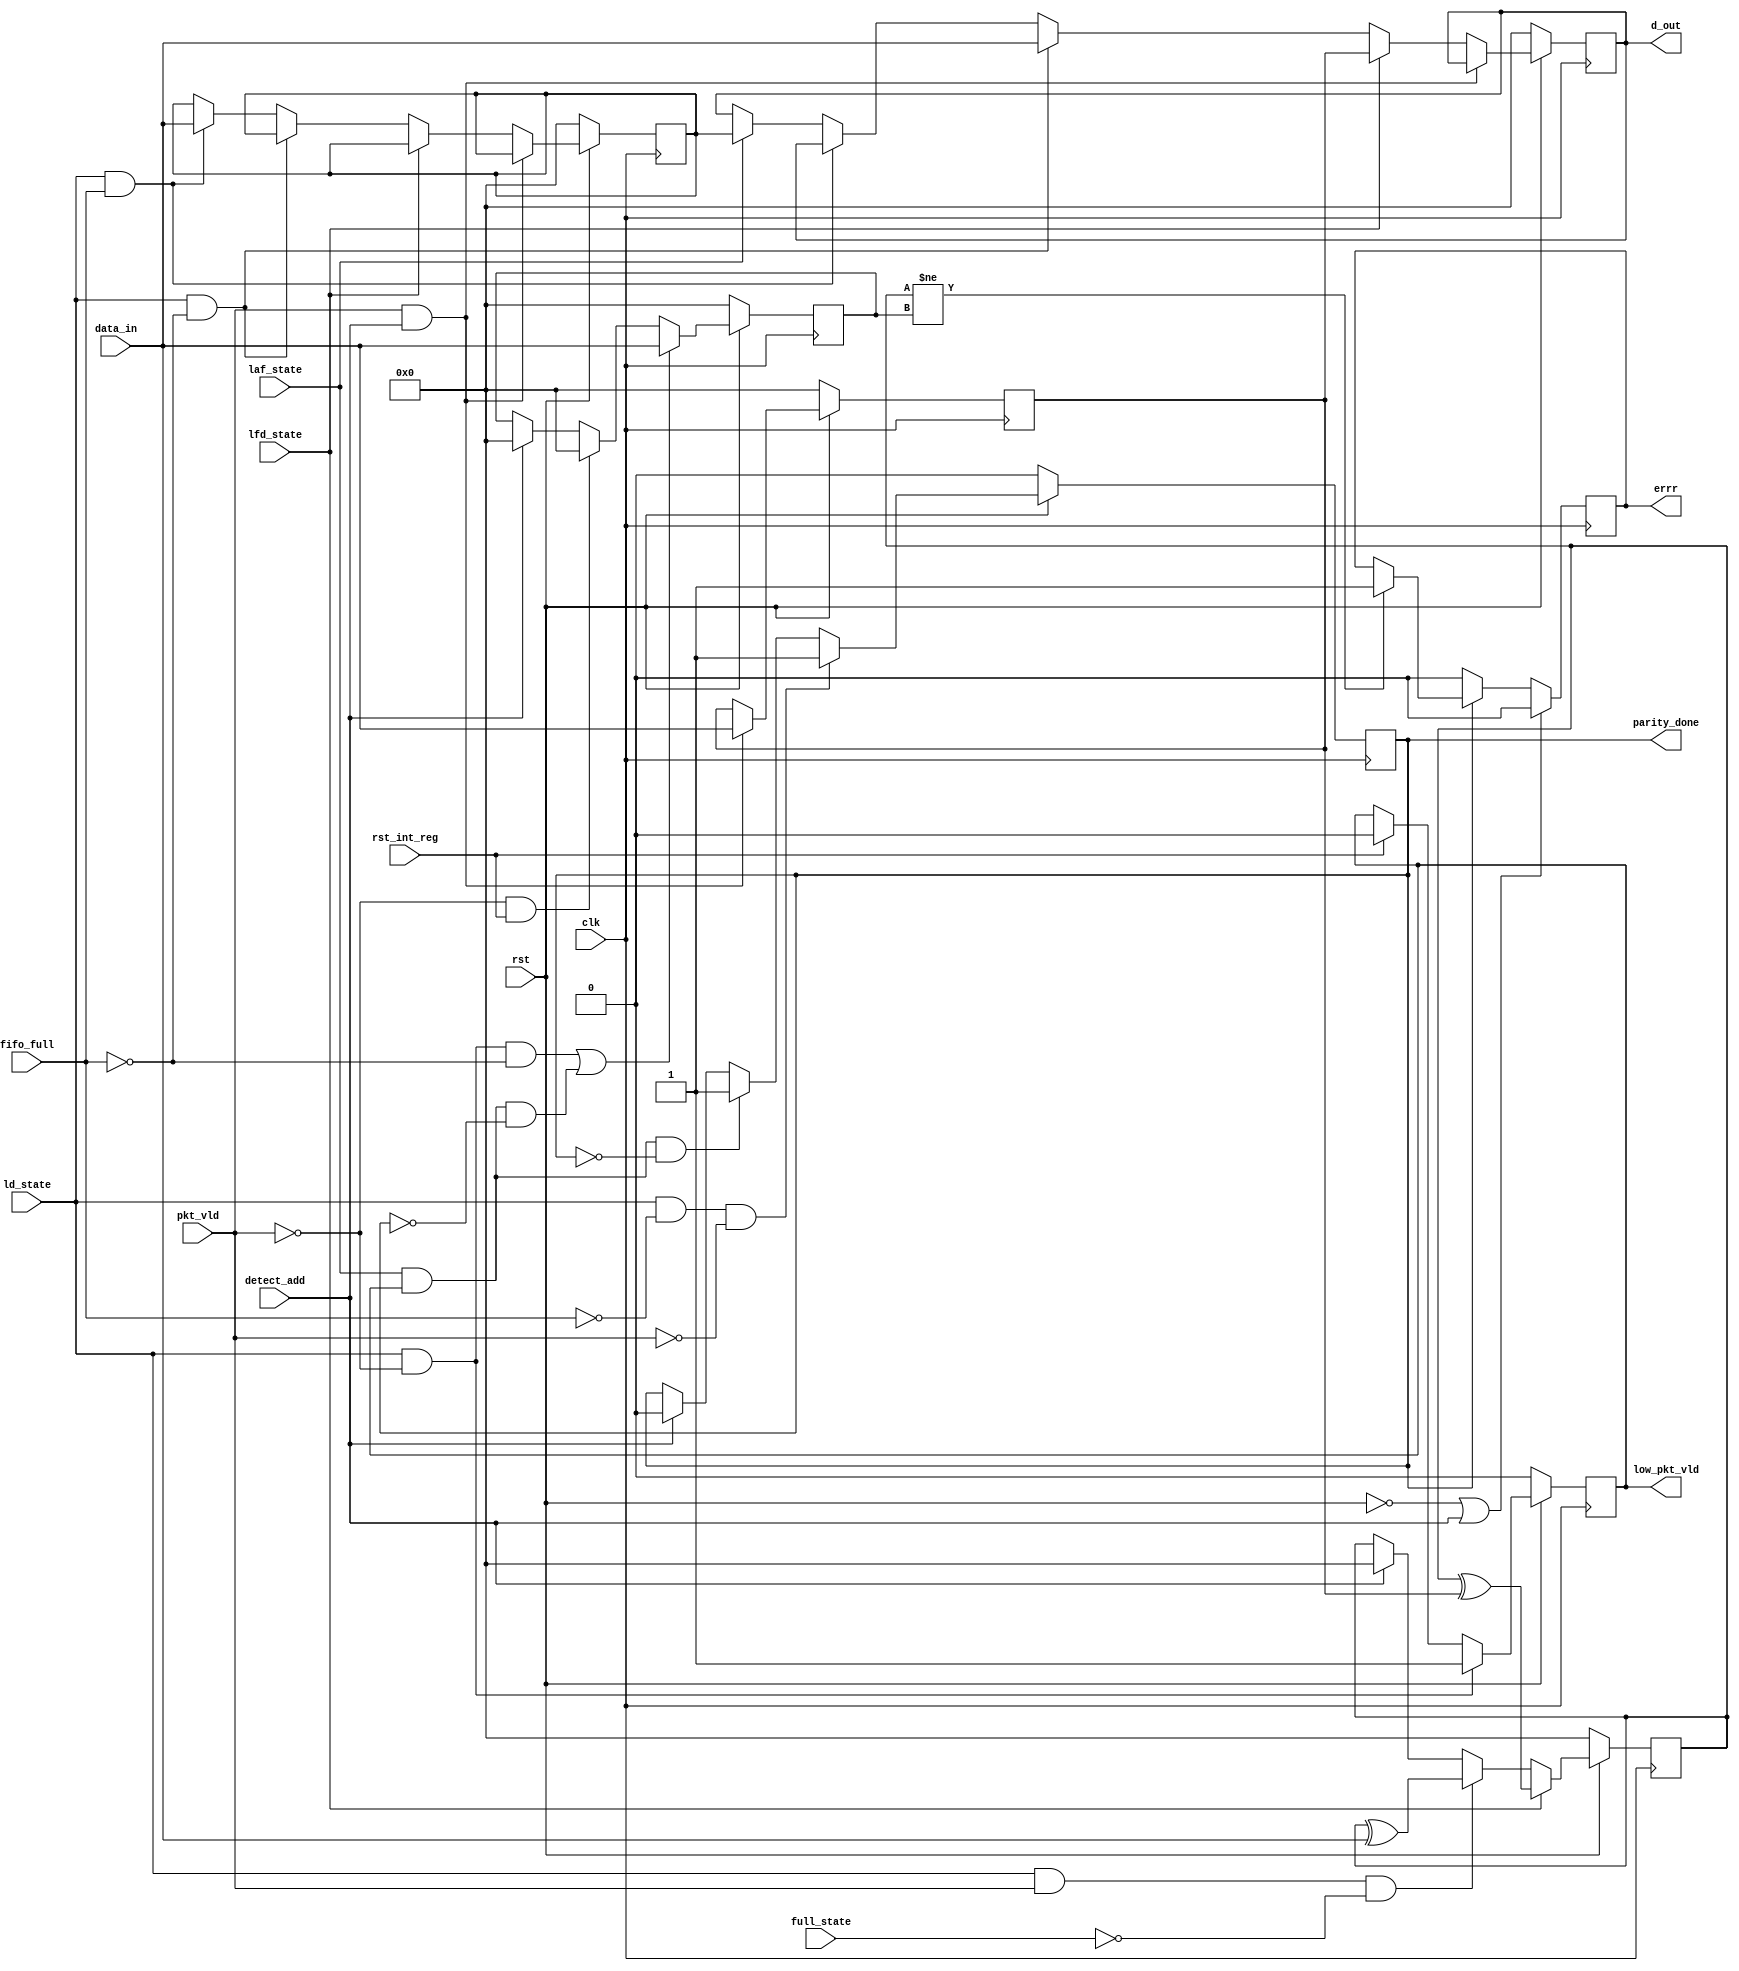
`timescale 1ns / 1ps
//////////////////////////////////////////////////////////////////////////////////
// Company: 
// Engineer: 
// 
// Design Name: 
// Module Name: register_router
// Project Name: 
// Target Devices: 
// Tool Versions: 
// Description: 
// 
// Dependencies: 
// 
// Revision:
// Revision 0.01 - File Created
// Additional Comments:
// 
//////////////////////////////////////////////////////////////////////////////////


module register_router(input clk,rst,pkt_vld, fifo_full,rst_int_reg,detect_add,ld_state,laf_state,lfd_state,
                       full_state,input [7:0] data_in, output reg low_pkt_vld, parity_done, errr, 
                       output reg [7:0] d_out);
    reg [7:0] headder, full_state_data, int_parity, packet_parity;                           
    
    always @ (posedge clk)
    begin
        if(~rst)
        begin
            d_out <= 8'b0;
            headder <= 0;
            full_state_data <= 0;
        end
        else 
        begin
            if(pkt_vld && detect_add)
                headder <= data_in;
            else if(lfd_state)
                 d_out <= headder;
            else if(ld_state && ~fifo_full)
                d_out <= data_in;
            else if(ld_state && fifo_full)
                full_state_data <= data_in;
            else 
            begin
                if(laf_state)
                d_out <= full_state_data;
            end
        end
    end
    
    always @ (posedge clk)
    begin
        if(~rst)
            low_pkt_vld <= 0;
        else
        begin
            if(rst_int_reg)
                low_pkt_vld<=0;
            if(ld_state && ~pkt_vld)
                low_pkt_vld <=1'b1;
        end
    end
    
    always@(posedge clk)
    begin
        if(!rst)
            parity_done<=1'b0;
        else
        begin
            if(ld_state && !fifo_full && !pkt_vld)
                parity_done<=1'b1;
            else if(laf_state && low_pkt_vld && !parity_done)
                parity_done<=1'b1;
            else
            begin
                if(detect_add)
                parity_done<=1'b0;
            end
        end
    end
    
    always @ (posedge clk)
    begin
        if(!rst)
            int_parity <= 8'b0;
        else if(lfd_state)
            int_parity <= int_parity ^ headder;
        else if(ld_state && pkt_vld && !full_state)
            int_parity <= int_parity ^ data_in;
        else
        begin
            if (detect_add)
                int_parity <= 8'b0;
            else
                int_parity <= int_parity;
        end
    end
    
    always @ (posedge clk)
    begin
        if(!rst)
            packet_parity <= 8'b0;
        else if ((ld_state && ~pkt_vld && ~fifo_full) || (laf_state && low_pkt_vld && ~parity_done))
            packet_parity <= data_in;
        else if (~pkt_vld && rst_int_reg)
            packet_parity <= 0;
        else
        begin
            if (detect_add)
            packet_parity <= 0;
        end
    end
    
    always @ (posedge clk)
    begin
        if(!rst || detect_add)
            errr <= 1'b0;
        else
        begin
            if(parity_done)
            begin
                if(int_parity!=packet_parity)
                    errr <= 1'b1;
            end
            else
                errr <= 1'b0;
        end
    end

endmodule